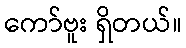
ကော်ဗူး ရှိတယ်။